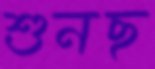
শুনছ